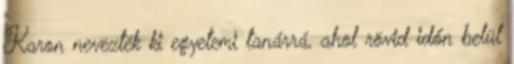
Karon nevezték ki egyetemi tanárrá, ahol rövid időn belül